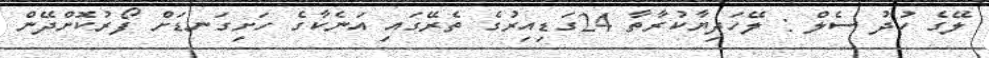
ލޭގެ ހުދު ސެލް : ލޭހަދިޔާކުރާތާ 24ގަޑިއިރުގެ ތެރޭގައި އަނެކާގެ ހަށިގަނޑަށް ފޯރުކޮށްދޭން